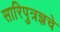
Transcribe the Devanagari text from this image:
सारिपुत्रज्ञचे